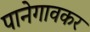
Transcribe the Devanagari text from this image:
पानेगावकर